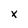
Character: x